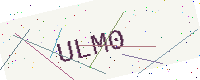
Text: ULM0